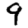
Digit: 9